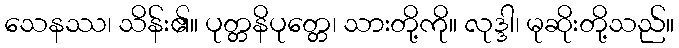
သေနဿ၊ သိန်း၏။ ပုတ္တနိပုတ္တေ၊ သားတို့ကို။ လုဒ္ဒါ၊ မုဆိုးတို့သည်။